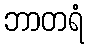
ဘာတရံ